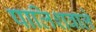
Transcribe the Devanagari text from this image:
पालिशवाले